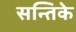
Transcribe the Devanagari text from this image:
सन्तिके